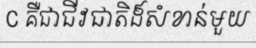
C គឺជាជីវជាតិដ៏សំខាន់មួយ